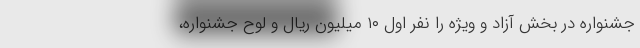
جشنواره در بخش آزاد و ویژه را نفر اول ۱۰ میلیون ریال و لوح جشنواره،